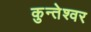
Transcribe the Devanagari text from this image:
कुन्‍तेश्‍वर